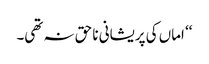
‘‘ اماں کی پریشانی نا حق نہ تھی۔